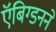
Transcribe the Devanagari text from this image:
ऍबिग्डनने